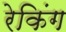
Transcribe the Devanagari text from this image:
रेकिंग